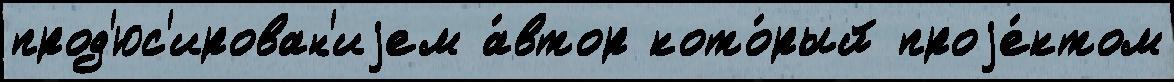
прод'юс'ирован'иjем а́втор кото́рый проjе́ктом